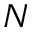
N